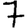
Digit: 7